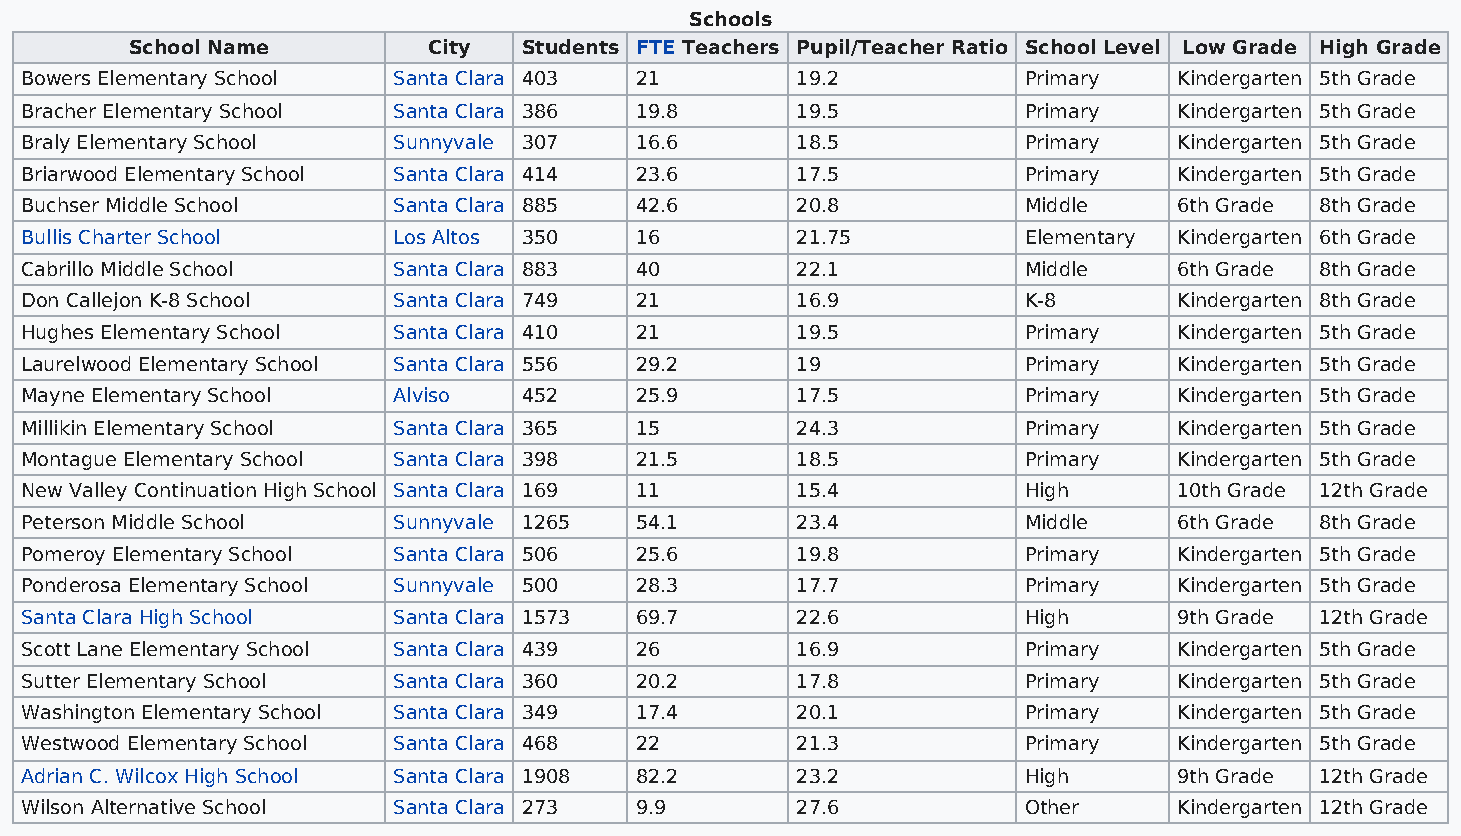
Schools
 School Name        City   Students FTE Teachers Pupil/Teacher Ratio School Level Low Grade High Grade
 Bowers Elementary School Santa Clara 403 21         19.2           Primary   Kindergarten 5th Grade
 Bracher Elementary School Santa Clara 386 19.8      19.5           Primary   Kindergarten 5th Grade
 Braly Elementary School  Sunnyvale 307   16.6       18.5           Primary   Kindergarten 5th Grade
 Briarwood Elementary School Santa Clara 414 23.6    17.5           Primary   Kindergarten 5th Grade
 Buchser Middle School    Santa Clara 885 42.6       20.8           Middle    6th Grade 8th Grade
 Bullis Charter School    Los Altos 350   16         21.75          Elementary Kindergarten 6th Grade
 Cabrillo Middle School   Santa Clara 883 40         22.1           Middle    6th Grade 8th Grade
 Don Callejon K-8 School  Santa Clara 749 21         16.9           K-8       Kindergarten 8th Grade
 Hughes Elementary School Santa Clara 410 21         19.5           Primary   Kindergarten 5th Grade
 Laurelwood Elementary School Santa Clara 556 29.2   19             Primary   Kindergarten 5th Grade
 Mayne Elementary School  Alviso   452    25.9       17.5           Primary   Kindergarten 5th Grade
 Millikin Elementary School Santa Clara 365 15       24.3           Primary   Kindergarten 5th Grade
 Montague Elementary School Santa Clara 398 21.5     18.5           Primary   Kindergarten 5th Grade
 New Valley Continuation High School Santa Clara 169 11 15.4        High      10th Grade 12th Grade
 Peterson Middle School   Sunnyvale 1265  54.1       23.4           Middle    6th Grade 8th Grade
 Pomeroy Elementary School Santa Clara 506 25.6      19.8           Primary   Kindergarten 5th Grade
 Ponderosa Elementary School Sunnyvale 500 28.3      17.7           Primary   Kindergarten 5th Grade
 Santa Clara High School  Santa Clara 1573 69.7      22.6           High      9th Grade 12th Grade
 Scott Lane Elementary School Santa Clara 439 26     16.9           Primary   Kindergarten 5th Grade
 Sutter Elementary School Santa Clara 360 20.2       17.8           Primary   Kindergarten 5th Grade
 Washington Elementary School Santa Clara 349 17.4   20.1           Primary   Kindergarten 5th Grade
 Westwood Elementary School Santa Clara 468 22       21.3           Primary   Kindergarten 5th Grade
 Adrian C. Wilcox High School Santa Clara 1908 82.2  23.2           High      9th Grade 12th Grade
 Wilson Alternative School Santa Clara 273 9.9       27.6           Other     Kindergarten 12th Grade